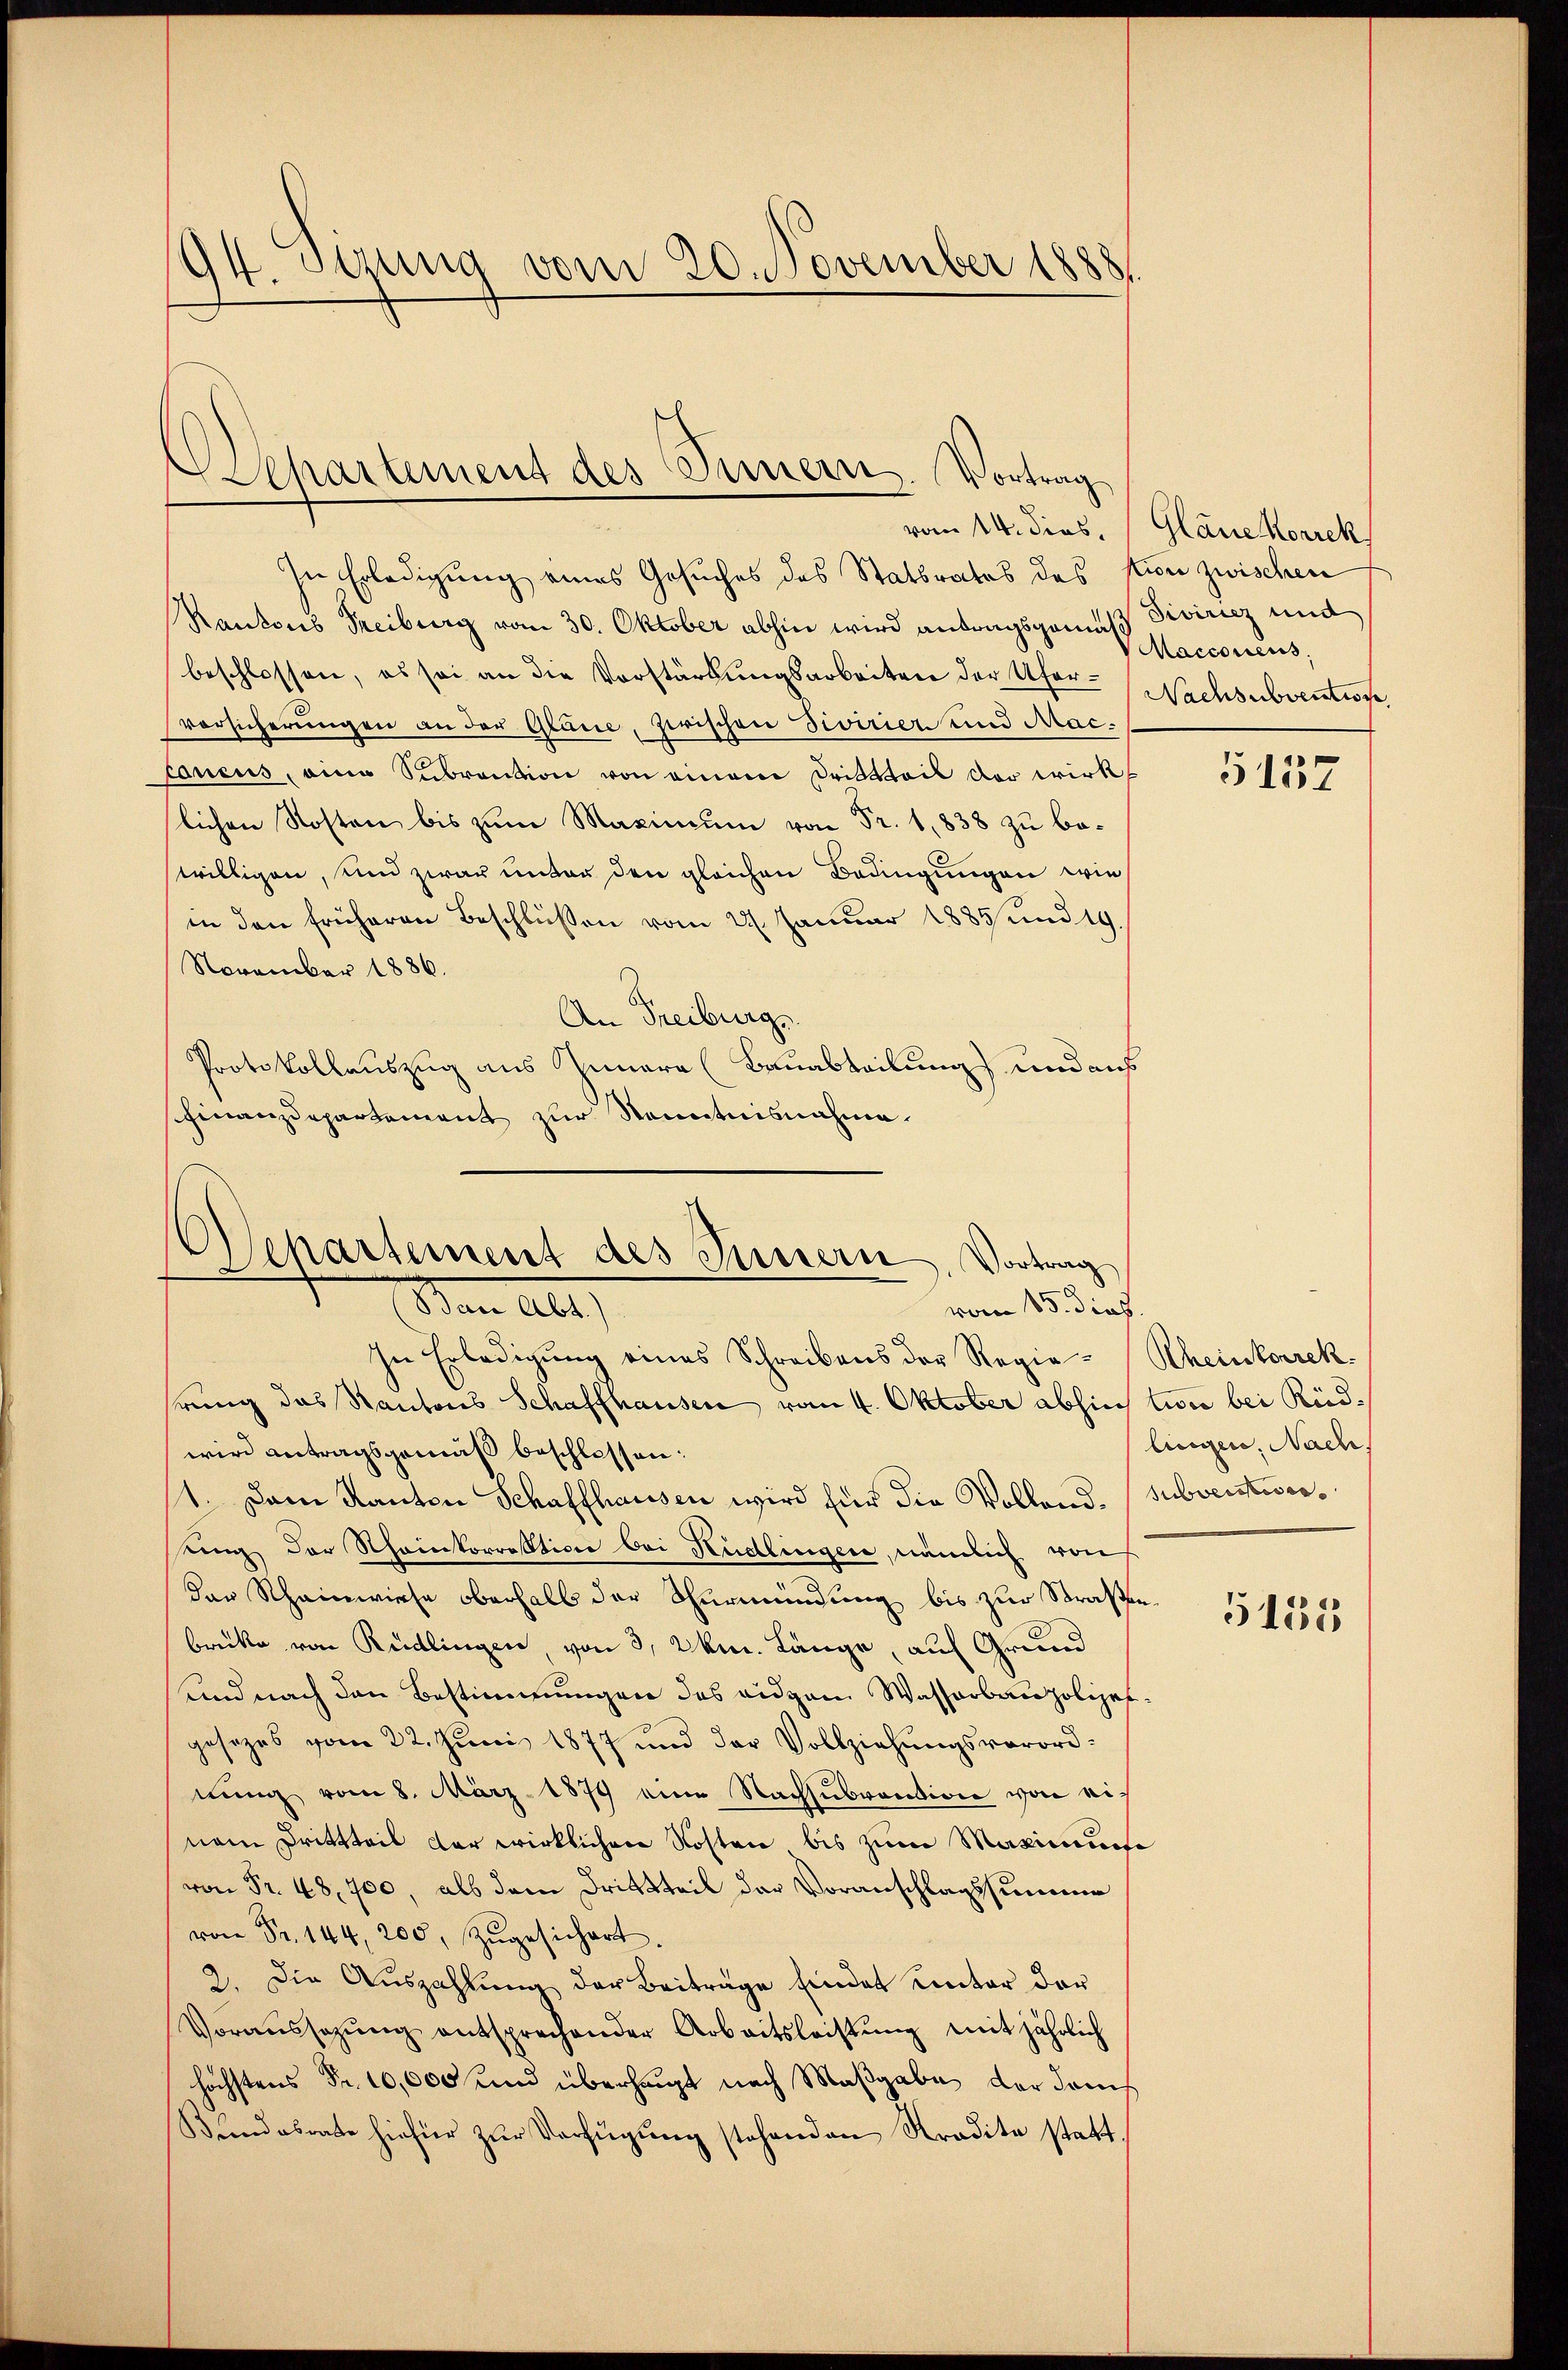
9.
Jerung vom 20. November 18881

Departement des Innern. Vortrag

In Erledigung eines Gesuches des Statbrates des tun zwischen
Rantons Treiburg vom 30. Oktober abhin wird antragsgemäß Diviricz und
beschlossen, es sei an die Vorstärkungsarbeiten der Ufer-Nachsubvention,
vorsicherŭngen an der Gläne, zwischen Sivirier und Macconcus, eine Subvention von einem Dritteil der wirks
lichen Kosten bis zum Maximum von Fr. 1,838 zu bewilligen, und zwar unter den gleichen Bedingungen wie
in den früheren Beschlüßen vom 22. Januar 1885 und 19.
November 1886.
An Freiburg,
Protokollauszug aus Innern (Bauabteilung und aus
Finanzdepartement zur Kenntnisnahme.

Asepartement des Innern
Vortrag
Man alt
vom 15. dies

In Erledigung eines Schreibens der Regie-Rheinkorrekhrung das Kantons Schaffhausen vom 4. Oktober abhin wir bei Rüdwird antragsgemäß beschlossen:
1. Dem Kanton Schaffhausen wird für die Vollend. (subventworung der Rheinkorrestion bei Rüdlingen, nämlich rauf
dan Rheinwiese oberhalb der Thurmündung bis zur Straßenbrücke von Rüdlingen, von 3, 2 km. Länge, auf Grund
und nach den Bestimmungen des eidgen Wasserbaupolizegesezes vom 22. Juni 1877 und der Vollziehŭngsverordnung vom 8. März 1879 eine Nachsubvention von einem Drittteil der wirklichen Kosten bis zum Maximums
von Fr. 48,700, als dem Drittteil der Voranschlagssumme
 Fr. 144, 200, Zugesichert
2. Die Aŭszahlŭng der Beiträge Eindet unter der
Voraŭssezŭng entsprechender Arbeitsleistŭng mit jährlich
höchstens Fr. 10,000 und überhaupt nach Maßgabe der dam
Bandabrate hiefür zŭr Verfügŭng stehenden Stradita statt,

vom 14. dies. (Gläne Korrek

Macconens,

5157

lingen, Nach

3155